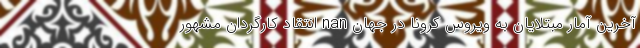
آخرین آمار مبتلایان به ویروس کرونا در جهان nan انتقاد کارگردان مشهور